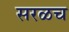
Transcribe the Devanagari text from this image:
सरळच